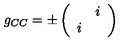
g _ { C C } = \pm \left( \begin{array} { c c } { } & { i } \\ { i } & { } \\ \end{array} \right)